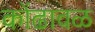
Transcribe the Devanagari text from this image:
कोंढावळ